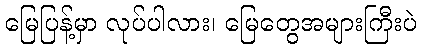
မြေပြန့်မှာ လုပ်ပါလား၊ မြေတွေအများကြီးပဲ